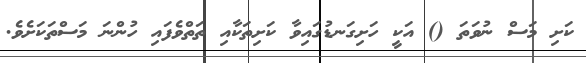
ކަށި މަސް ނުވަތަ () އަކީ ހަށިގަނޑުގައިވާ ކަށިތަކާއި ތަތްވެފައި ހުންނަ މަސްތަކަށެވެ.